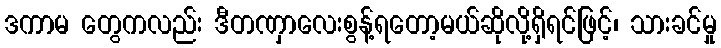
ဒကာမ တွေကလည်း ဒီတဏှာလေးစွန့်ရတော့မယ်ဆိုလို့ရှိရင်ဖြင့်၊ သားခင်မှု